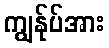
ကျွန်ုပ်အား